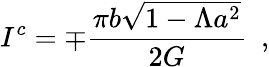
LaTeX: I^{c}=\mp{\frac{\pi b\sqrt{1-\Lambda a^{2}}}{2G}}\ \ ,